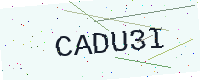
Text: CADU3I